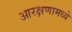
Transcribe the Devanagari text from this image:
आरक्षणामध्ये